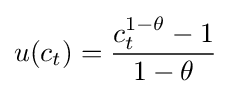
u(c_{t})={\frac {c_{t}^{1-\theta }-1}{1-\theta }}